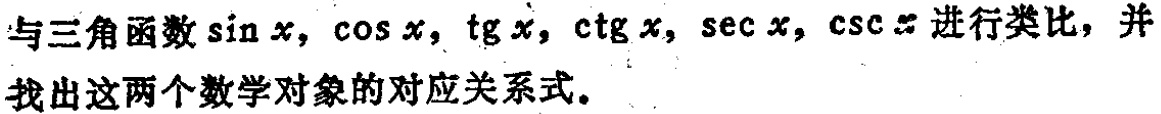
与三角函数\(\sin x, \cos x, \tg x, \ctg x, \sec x, \csc x\)进行类比，并找出这两个数学对象的对应关系式。